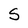
Character: S